Vaccination in Bombay 1869-1873 - 1869-1873
Year: 1869
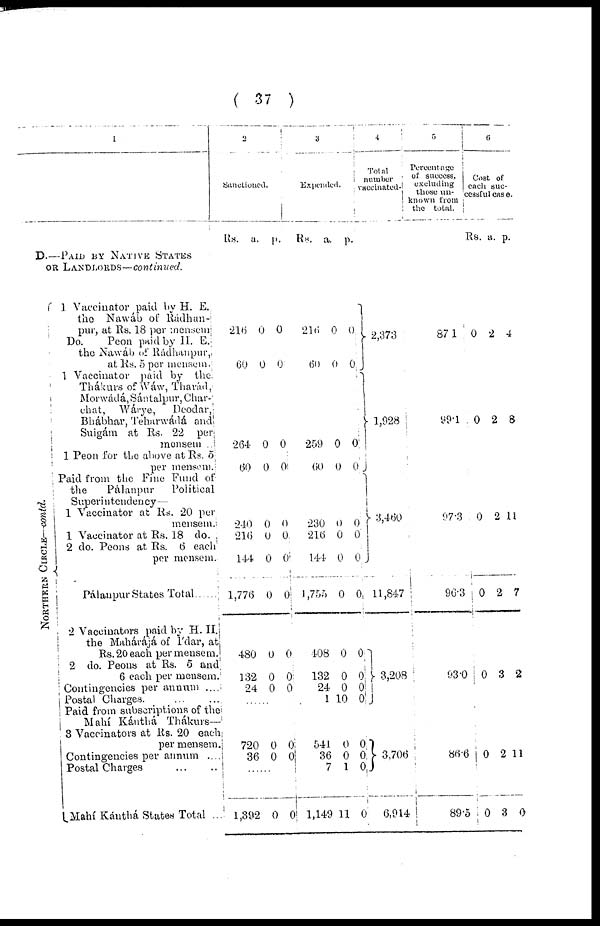
( 37 )
1
D.—PAID BY NATIVE STATES
OR LANDLORDS—continued.
NORTHERN CIRCLE—contd.
1 Vaccinator paid by H. E.
the Nawáb of Rádhtn¬
pur, at Rs. 18 per mensem
Do.
Peon paid by H. E.
the Nawáb of Rádhanpur,
at Rs. 5 per mensem.
1 Vaccinator paid by the
Thákurs of Wáw, Tharád,
Morwádá,Sántalpur, Char¬
chat, Wárye,
Deodar,
Bhábhar, Teharwádá and
Suigám at Rs. 22 per
mensem ...
1 Peon for the above at Rs. 5
per mensem.
Paid from the Fine Fund of
the
Pálanpur
Political
Superintendency—
1 Vaccinator at Rs. 20 pur
mensem.
1 Vaccinator at Rs. 18 do.
2 do. Peons at Rs. 6 each
per mensem.
Pálanpur States Total ......
2 Vaccinators paid by H. H.
the Mahárájá of I'dar, at
Rs. 20 each per mensem.
2 do. Peons at Rs. 5 and
6 each per mensem.
Contingencies per annum ....
Postal Charges.
...
...
Paid from subscriptions of the
Mahí Kánthá Thákurs—
3 Vaccinators at Rs. 20 each
per mensem.
Contingencies per annum ....
Postal Charges
...
...
Mahí Kánthá States Total ...
2
Sanctioned.
Rs. a. p.
216
60
0
0
0
0
264
60
0
0
0
0
240
216
144
1,776
480
132
24
0
0
0
0
0
0
0
0
0
0
0
0
0
0
......
720
36
0
0
0
0
......
1,392 0 0
3
Expended.
Rs. a. p.
216
60
0
0
0
0
259
60
0
0
0
0
230
216
144
1,755
408
132
24
1
0
0
0
0
0
0
0
10
0 0
0
0
0
0
0
0
541
36
7
1,149
0
0
1
11
0
0 0
0
4
Total
number
vaccinated.
2,373
1,928
3,460
11,847
3,208
3,706
6,914
5
Percentage
of success,
excluding
those un-
known from
the total.
871
99.1
97.3
96.3
93.0
86.6
89.5
6
Cost of
each suc-
cessful case.
Rs. a.
p.
0
0
0
0
0
2
2
2
2
3
4
8
11
7
2
0
0
2
3
11
0